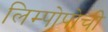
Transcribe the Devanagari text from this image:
लिम्पोपोची